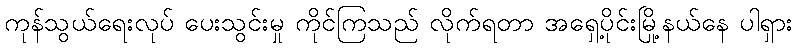
ကုန်သွယ်ရေးလုပ် ပေးသွင်းမှု ကိုင်ကြသည် လိုက်ရတာ အရှေ့ပိုင်းမြို့နယ်နေ ပါရှား